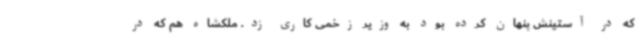
که در آستینش پنهان کرده بود به وزیر زخمی کاری زد. ملکشاه هم که در